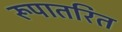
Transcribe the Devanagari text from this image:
रूपातरित